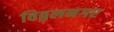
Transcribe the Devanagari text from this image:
विठ्ठलनगर